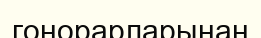
гонорарларынан